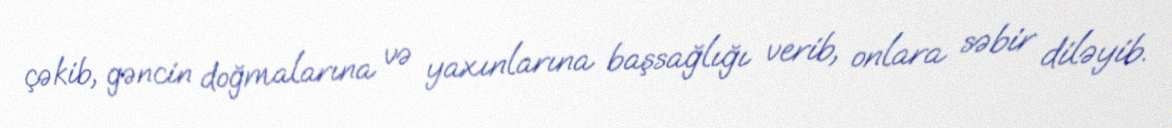
çəkib, gəncin doğmalarına və yaxınlarına başsağlığı verib, onlara səbir diləyib.